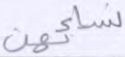
نسائهن